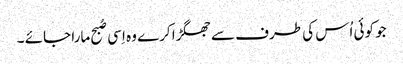
جو کوئی اُس کی طرف سے جھگڑا کرے وہ اِسی صُبح مارا جائے ۔